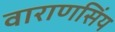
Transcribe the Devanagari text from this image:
वाराणसिंय